Indian journal of veterinary science and animal husbandry - Volume 12,
Year: 1942
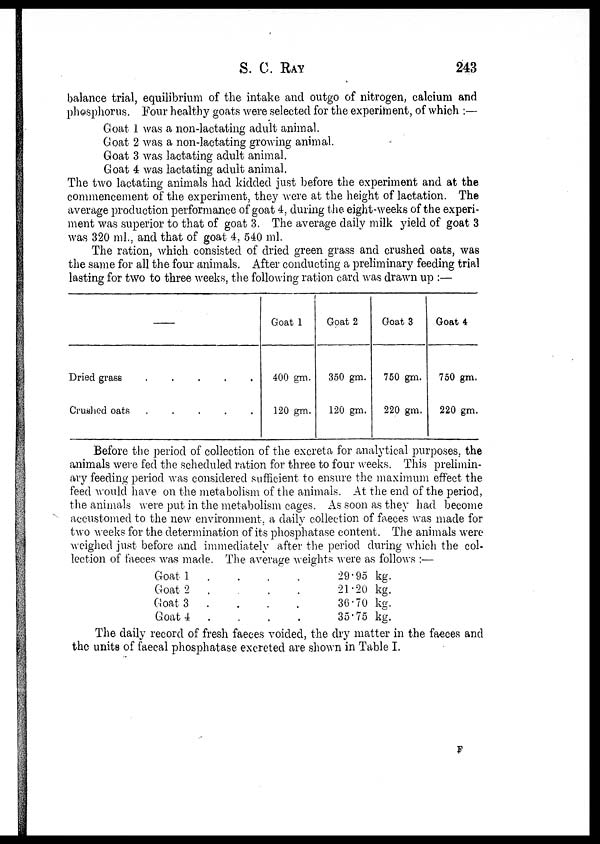
S. C. RAY 243
balance trial, equilibrium of the intake and outgo of nitrogen, calcium and
phosphorus. Four healthy goats were selected for the experiment, of which :—
Goat 1 was a non-lactating adult animal.
Goat 2 was a non-lactating growing animal.
Goat 3 was lactating adult animal.
Goat 4 was lactating adult animal.
The two lactating animals had kidded just before the experiment and at the
commencement of the experiment, they were at the height of lactation. The
average production performance of goat 4, during the eight-weeks of the experi-
ment was superior to that of goat 3. The average daily milk yield of goat 3
was 320 ml., and that of goat 4, 540 ml.
The ration, which consisted of dried green grass and crushed oats, was
the same for all the four animals. After conducting a preliminary feeding trial
lasting for two to three weeks, the following ration card was drawn up :—
—
Dried grass
.
.
.
.
.
Crushed oats
.
.
.
.
.
Goat 1
400 gm.
120 gm.
Goat 2
350 gm.
120 gm.
Goat 3
750 gm.
220 gm.
Goat 4
750 gm.
220 gm.
Before the period of collection of the excreta for analytical purposes, the
animals were fed the scheduled ration for three to four weeks. This prelimin-
ary feeding period was considered sufficient to ensure the maximum effect the
feed would have on the metabolism of the animals. At the end of the period,
the animals were put in the metabolism cages. As soon as they had become
accustomed to the new environment, a daily collection of faeces was made for
two weeks for the determination of its phosphatase content. The animals were
weighed just before and immediately after the period during which the col-
lection of faeces was made. The average weights were as follows :—
Goat 1 . . . .
Goat 2 . . . .
Goat 3 . . . .
Goat 4 . . . .
29.95 kg.
21.20 kg.
36.70 kg.
35.75 kg.
The daily record of fresh faeces voided, the dry matter in the faeces and
the units of faecal phosphatase excreted are shown in Table I.
F